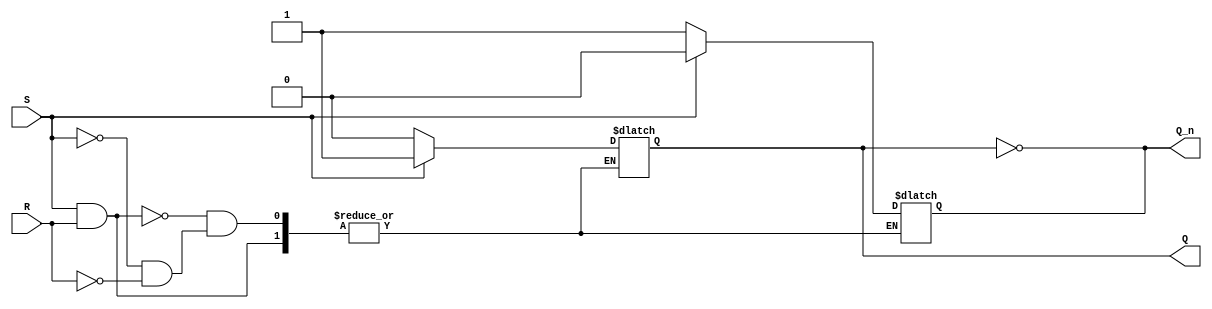
module sr_ff (input S, input R, output reg Q, output reg Q_n);

// Ensure only one input can be asserted at a time
always @(S, R)
begin
  if (S && R) // if both S and R are asserted
  begin
    $display("Error: Both S and R cannot be asserted simultaneously");
  end
  else if (S)
  begin
    Q <= 1'b1;
    Q_n <= 1'b0;
  end
  else if (R)
  begin
    Q <= 1'b0;
    Q_n <= 1'b1;
  end
  else
  begin
    Q <= Q;
    Q_n <= Q_n;
  end
end

// Ensure Q_n is the complement of Q
assign Q_n = ~Q;

endmodule